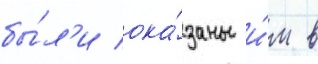
бы́л'и ока́заны и́м в